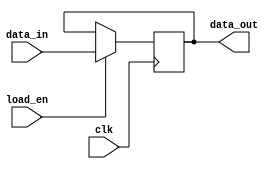
module register_16_bit(load_en, clk, data_in, data_out);
  /*****register_16_bit Interface *******/
  input wire load_en , clk ;
  input wire [15:0] data_in;
  output reg [15:0] data_out;
  /**************************************/
  
  always@(posedge clk)
  begin 
    if(load_en)
      data_out <= data_in;
    else
      data_out <= data_out;
  end

endmodule